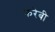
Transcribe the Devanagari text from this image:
फरेबी